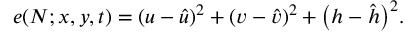
e ( N ; x , y , t ) = \left( u - \hat { u } \right) ^ { 2 } + \left( v - \hat { v } \right) ^ { 2 } + \bigl ( h - \hat { h } \bigr ) ^ { 2 } .